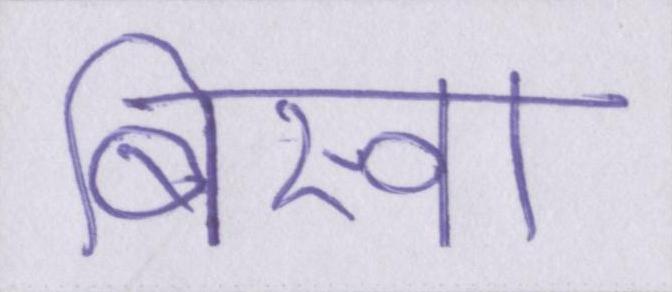
बिस्वा